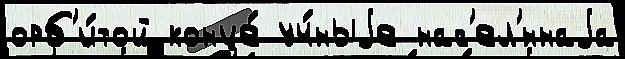
орб'и́той конце́ уч́ныjе нас'ел'́ннаjа